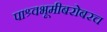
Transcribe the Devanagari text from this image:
पाश्र्वभूमीबरोबरच